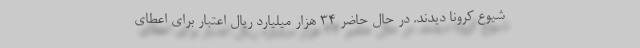
شیوع کرونا دیدند. در حال حاضر ۳۴ هزار میلیارد ریال اعتبار برای اعطای